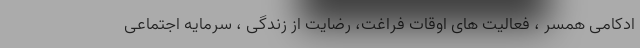
ادکامی همسر ، فعالیت های اوقات فراغت، رضایت از زندگی ، سرمایه اجتماعی